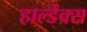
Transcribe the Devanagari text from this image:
हाल्डेक्स